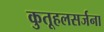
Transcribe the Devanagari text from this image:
कुतूहलसर्जना